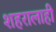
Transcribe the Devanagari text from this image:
शहरालाही